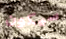
سيكون